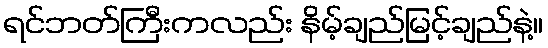
ရင်ဘတ်ကြီးကလည်း နိမ့်ချည်မြင့်ချည်နဲ့။